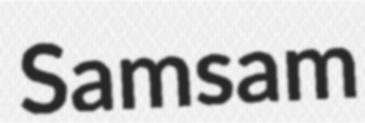
Samsam